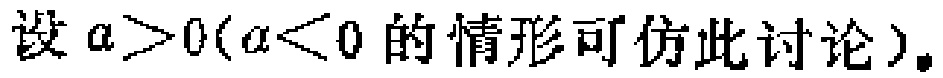
设 \(a > 0(a < 0\) 的情形可仿此讨论\()\)。